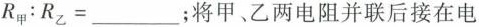
R_{甲}：R_{乙}=___；将甲、乙两电阻并联后接在电